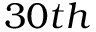
3 0 t h